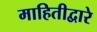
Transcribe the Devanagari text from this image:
माहितीद्वारे